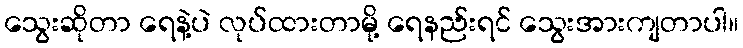
သွေးဆိုတာ ရေနဲ့ပဲ လုပ်ထားတာမို့ ရေနည်းရင် သွေးအားကျတာပါ။